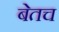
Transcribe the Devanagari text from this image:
बेतच